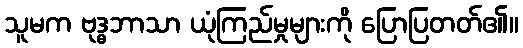
သူမက ဗုဒ္ဓဘာသာ ယုံကြည်မှုများကို ပြောပြတတ်၏။